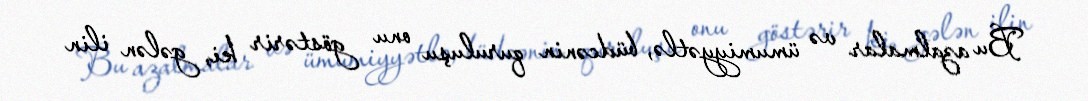
Bu azalmalar və ümumiyyətlə, büdcənin quruluşu onu göstərir ki, gələn ilin